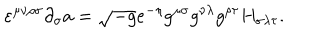
LaTeX: \varepsilon ^ { \mu \nu \rho \sigma } \partial _ { \sigma } a = \sqrt { - g } e ^ { - \eta } g ^ { \mu \sigma } g ^ { \nu \lambda } g ^ { \rho \tau } H _ { \sigma \lambda \tau } .